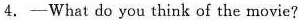
4. —What do you think of the movie?